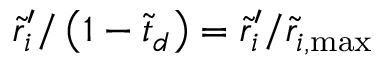
\tilde { r } _ { i } ^ { \prime } / \left( 1 - \tilde { t } _ { d } \right) = \tilde { r } _ { i } ^ { \prime } / \tilde { r } _ { i , \mathrm { { m a x } } }